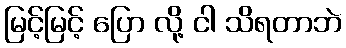
မြင့်မြင့် ပြော လို့ ငါ သိရတာဘဲ